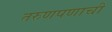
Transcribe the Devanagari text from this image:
तरुणपणाची